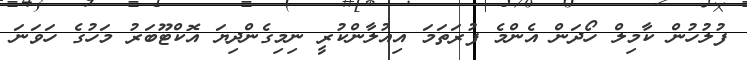
ފުލުހުން ކާމިލް ހޯދަން އެންމެ ފުރަތަމަ އިއުލާންކުރީ ނިމިގެންދިޔަ އޮކްޓޫބަރު މަހުގެ ހަވަނަ